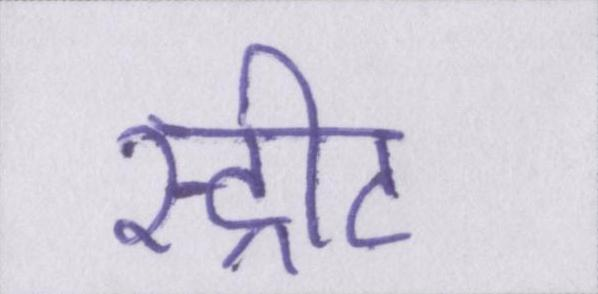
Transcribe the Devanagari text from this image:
स्ट्रीट